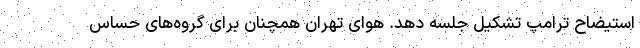
استیضاح ترامپ تشکیل جلسه دهد. هوای تهران همچنان برای گروه‌های حساس